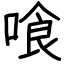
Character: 喰